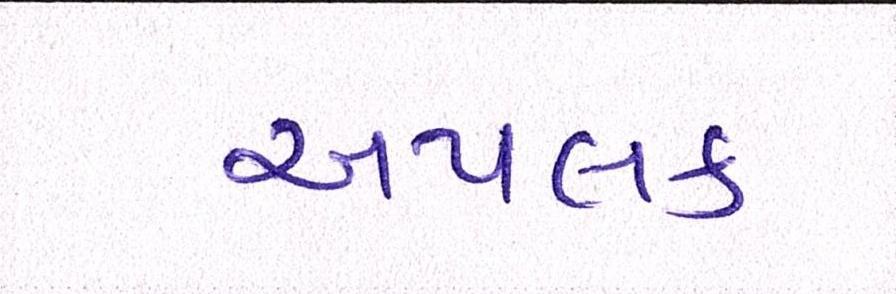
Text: અપલક